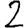
Digit: 2